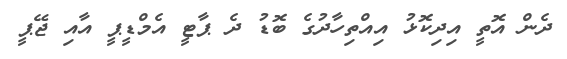
ދެން އޮތީ އިދިކޮޅު އިއްތިހާދުގެ ބޮޑު ދެ ޕާޓީ އެމްޑީޕީ އާއި ޖޭޕީ